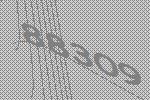
88309